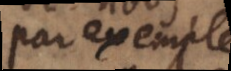
par exemple